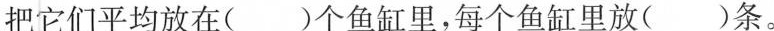
把它们平均放在( )个鱼缸里，每个鱼缸里放 ( )条。